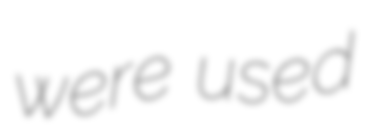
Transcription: were used